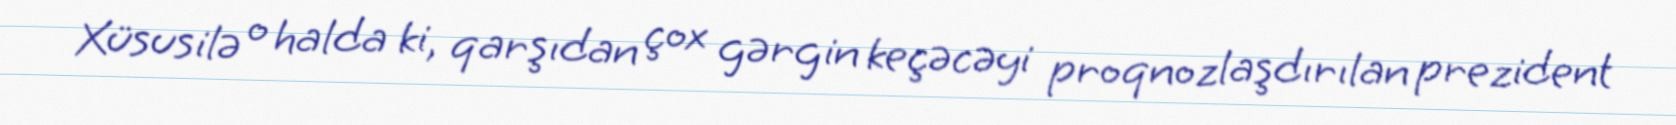
Xüsusilə o halda ki, qarşıdan çox gərgin keçəcəyi proqnozlaşdırılan prezident